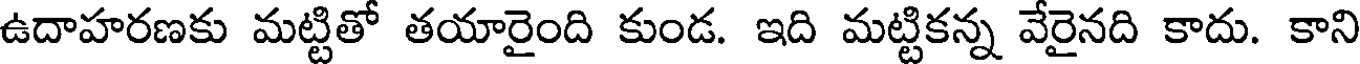
ఉదాహరణకు మట్టితో తయారైంది కుండ. ఇది మట్టికన్న వేరైనది కాదు. కాని